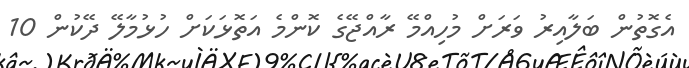
އެގޮތުން ބަލާއިރު ވަރަށް މުހިއްމޭ ރާއްޖޭގެ ކޮންމެ އަތޮޅަކަށް ހުޅުމާލޭ ދޭކުން 10